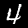
Label: 4